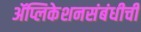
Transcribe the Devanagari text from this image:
ॲप्लिकेशनसंबंधीची